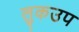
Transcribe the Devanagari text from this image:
लुकउप